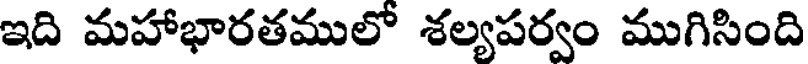
ఇది మహాభారతములో శల్యపర్వం ముగిసింది